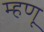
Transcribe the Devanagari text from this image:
म्‍हणू